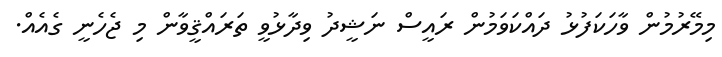
މިމޭރުމުން ވާހަކަފުޅު ދައްކަވަމުން ރައީސް ނަޝީދު ވިދާޅުވީ ތަރައްޤީވާން މި ޖެހެނީ ގެއެއް.